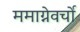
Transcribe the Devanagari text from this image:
ममाग्नेवर्चो